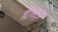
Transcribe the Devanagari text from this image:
टिगार्ड